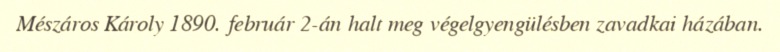
Mészáros Károly 1890. február 2-án halt meg végelgyengülésben zavadkai házában.